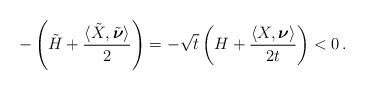
LaTeX: \begin{align*}- \left( \tilde{H} + \frac{\langle \tilde{X}, \tilde{\boldsymbol{\nu}}\rangle}{2}\right) = - \sqrt{t}\left(H + \frac{\langle X, \boldsymbol{\nu}\rangle}{2t}\right) < 0\,.\end{align*}